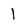
Character: l